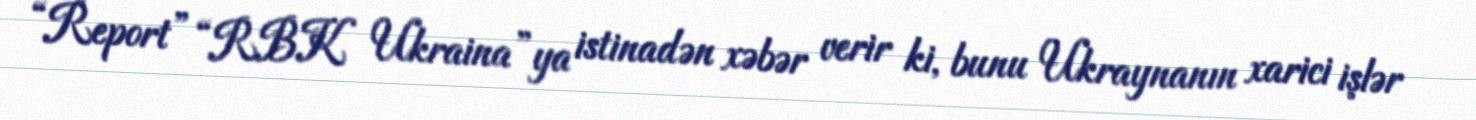
“Report” “RBK Ukraina”ya istinadən xəbər verir ki, bunu Ukraynanın xarici işlər